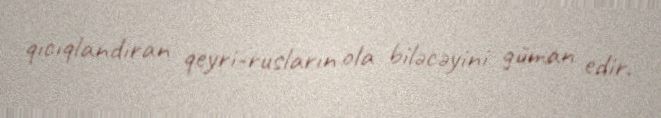
qıcıqlandıran qeyri-rusların ola biləcəyini güman edir.